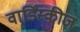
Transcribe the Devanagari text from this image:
वार्डिंस्कीज